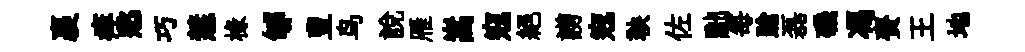
裹痒愁巧慧椽郇豊鸟說雁嵩寇絶謭𡨥鞅佐黜每蹌磊磯馮賚王地